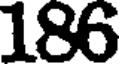
186